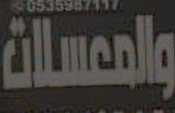
والمعسلات